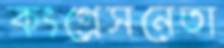
কংগ্রেসনেতা